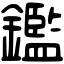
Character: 鑑